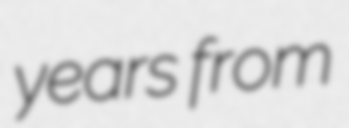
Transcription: years from